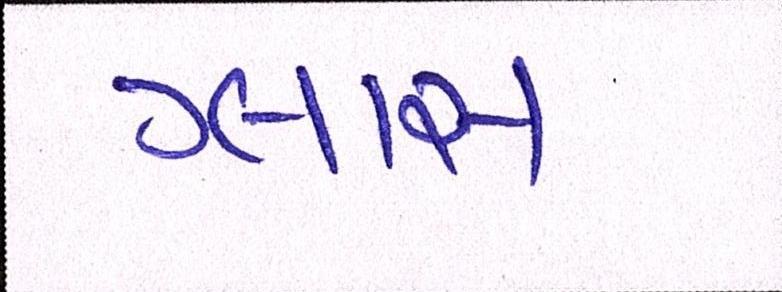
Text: ગ્લાસ